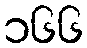
၁၆၆